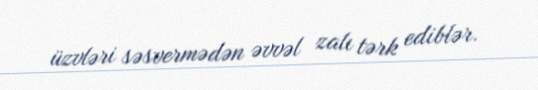
üzvləri səsvermədən əvvəl zalı tərk ediblər.